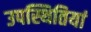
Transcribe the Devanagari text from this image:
उपस्थितियां